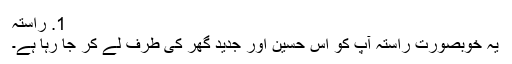
1. ​راستہ
یہ خوبصورت راستہ آپ کو اس حسین اور جدید گھر کی طرف لے کر جا رہا ہے۔